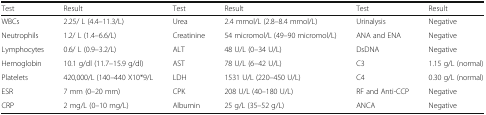
<table><thead><tr><td><b>Test</b></td><td><b>Result</b></td><td><b>Test</b></td><td><b>Result</b></td><td><b>Test</b></td><td><b>Result</b></td></tr></thead><tbody><tr><td>WBCs</td><td>2.25/ L (4.4–11.3/L)</td><td>Urea</td><td>2.4 mmol/L (2.8–8.4 mmol/L)</td><td>Urinalysis</td><td>Negative</td></tr><tr><td>Neutrophils</td><td>1.2/ L (1.4–6.6/L)</td><td>Creatinine</td><td>54 micromol/L (49–90 micromol/L)</td><td>ANA and ENA</td><td>Negative</td></tr><tr><td>Lymphocytes</td><td>0.6/ L (0.9–3.2/L)</td><td>ALT</td><td>48 U/L (0–34 U/L)</td><td>DsDNA</td><td>Negative</td></tr><tr><td>Hemoglobin</td><td>10.1 g/dl (11.7–15.9 g/dl)</td><td>AST</td><td>78 U/L (6–42 U/L)</td><td>C3</td><td>1.15 g/L (normal)</td></tr><tr><td>Platelets</td><td>420,000/L (140–440 X10*9/L</td><td>LDH</td><td>1531 U/L (220–450 U/L)</td><td>C4</td><td>0.30 g/L (normal)</td></tr><tr><td>ESR</td><td>7 mm (0–20 mm)</td><td>CPK</td><td>208 U/L (40–180 U/L)</td><td>RF and Anti-CCP</td><td>Negative</td></tr><tr><td>CRP</td><td>2 mg/L (0–10 mg/L)</td><td>Albumin</td><td>25 g/L (35–52 g/L)</td><td>ANCA</td><td>Negative</td></tr></tbody></table>